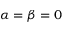
\alpha = \beta = 0